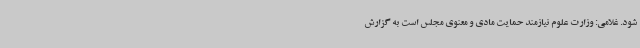
شود. غلامی: وزارت علوم نیازمند حمایت مادی و معنوی مجلس است به گزارش